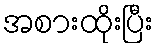
အစားထိုးပြီး